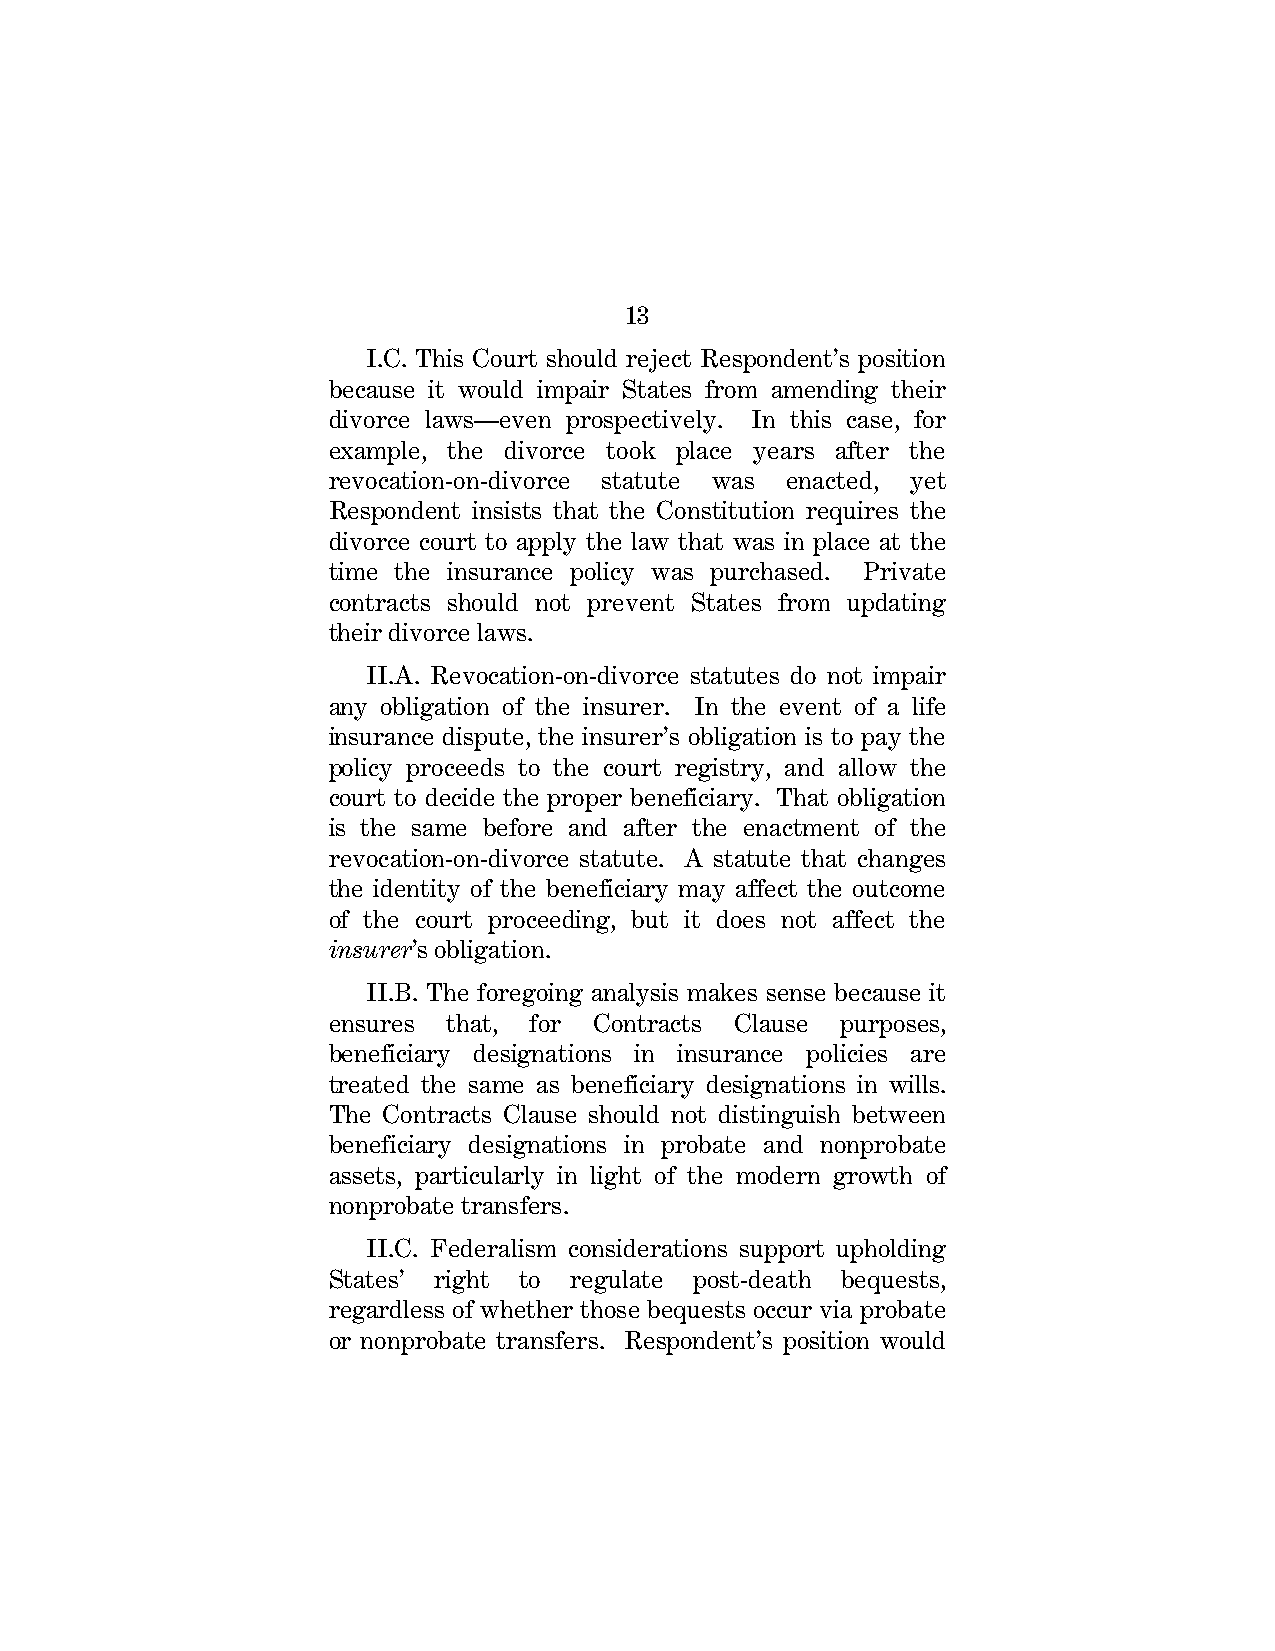
13
 I.C. This Court should reject Respondent’s position
 because it would impair States from amending their
 divorce laws—even prospectively. In this case, for
 example, the divorce took place years after the
 revocation-on-divorce statute was enacted, yet
 Respondent insists that the Constitution requires the
 divorce court to apply the law that was in place at the
 time the insurance policy was purchased. Private
 contracts should not prevent States from updating
 their divorce laws.
 II.A. Revocation-on-divorce statutes do not impair
 any obligation of the insurer. In the event of a life
 insurance dispute, the insurer’s obligation is to pay the
 policy proceeds to the court registry, and allow the
 court to decide the proper beneficiary. That obligation
 is the same before and after the enactment of the
 revocation-on-divorce statute. A statute that changes
 the identity of the beneficiary may affect the outcome
 of the court proceeding, but it does not affect the
 insurer’s obligation.
 II.B. The foregoing analysis makes sense because it
 ensures that, for Contracts Clause purposes,
 beneficiary designations in insurance policies are
 treated the same as beneficiary designations in wills.
 The Contracts Clause should not distinguish between
 beneficiary designations in probate and nonprobate
 assets, particularly in light of the modern growth of
 nonprobate transfers.
 II.C. Federalism considerations support upholding
 States’ right to regulate post-death bequests,
 regardless of whether those bequests occur via probate
 or nonprobate transfers. Respondent’s position would